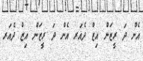
އެން ދަ ރީޒަން އިޒް ދެއަރ އެން ދަ ރީޒަން އިޒް ދެއަރ